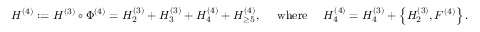
\begin{array} { r } { { H } ^ { ( 4 ) } : = { H } ^ { ( 3 ) } \circ \Phi ^ { ( 4 ) } = H _ { 2 } ^ { ( 3 ) } + { H } _ { 3 } ^ { ( 3 ) } + { H } _ { 4 } ^ { ( 4 ) } + { H } _ { \ge 5 } ^ { ( 4 ) } , \quad \mathrm { ~ w h e r e ~ } \quad { H } _ { 4 } ^ { ( 4 ) } = { H } _ { 4 } ^ { ( 3 ) } + \left\{ { H } _ { 2 } ^ { ( 3 ) } , F ^ { ( 4 ) } \right\} . } \end{array}